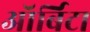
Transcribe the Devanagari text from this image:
ऑर्बिटा